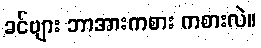
ခင်ဗျား ဘာအားကစား ကစားလဲ။